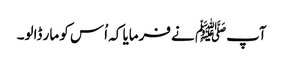
آپﷺ نے فرمایا کہ اُس کو مار ڈالو۔